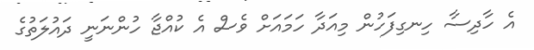
އެ ހާދިސާ ހިނގިފަހުން މިއަދާ ހަމައަށް ވެސް އެ ކުއްޖާ ހުންނަނީ ދައުލަތުގެ